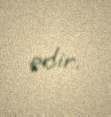
edir.